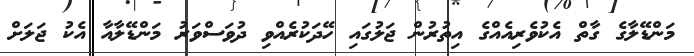
މަންޑޭލާގެ ގާތް އެކުވެރިއެއްގެ އިތުރުން ޖަލުގައި ހޭދަކުރެއްވި ދުވަސްވަރު މަންޑޭލާއާ އެކު ޖަލަށް